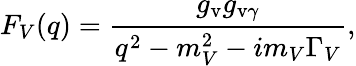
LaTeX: F_{V}(q)={\frac{g_{\mathrm{v}}g_{\mathrm{v}\gamma}}{q^{2}-m_{V}^{2}-im_{V}\Gamma_{V}}},